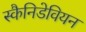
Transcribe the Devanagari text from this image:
स्कैनिडेवियन